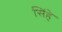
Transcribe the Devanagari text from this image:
सिंहे